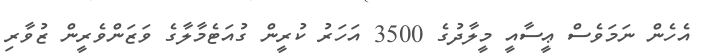
އެހެން ނަމަވެސް ޢީސާއީ މީލާދުގެ 3500 އަހަރު ކުރީން ގުއަޓެމާލާގެ ވަޒަންވެރީން ޒުވާރި